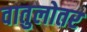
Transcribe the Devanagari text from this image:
वातुलोतर